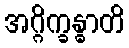
အဂ္ဂိက္ခန္ဓာတိ